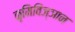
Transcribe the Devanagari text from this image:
कृमिविज्ञान